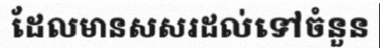
ដែលមានសសរដល់ទៅចំនួន